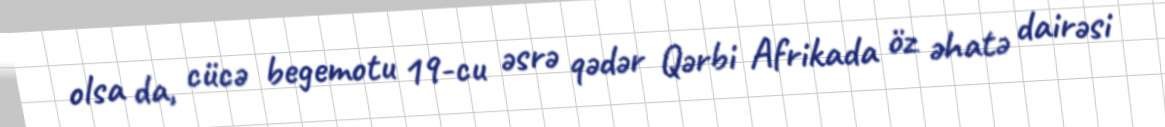
olsa da, cücə begemotu 19-cu əsrə qədər Qərbi Afrikada öz əhatə dairəsi